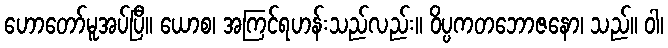
ဟောတော်မူအပ်ပြီ။ ယောစ၊ အကြင်ရဟန်းသည်လည်း။ ဝိပ္ပကတဘောဇနော၊ သည်။ ဝါ၊